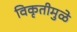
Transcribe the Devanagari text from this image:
विकृतीमुळे